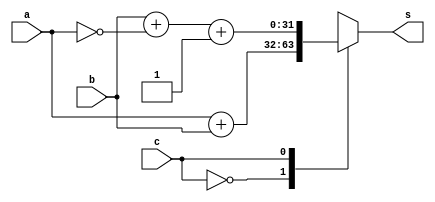
module adder_n_subtractor
#(
   parameter XLEN = 32
)

(
   a,
   b,
   c,
   s
);

input         [XLEN-1:0]  a;     // first number input bus
input         [XLEN-1:0]  b;     // second number input bus
input                     c;     // control input
output reg    [XLEN-1:0]  s;     // output bus with result of operation on two numbers

always @ (*)
begin
   case(c)
      1'b0: s = a + b;
      1'b1: s = b + ~a + 1;
      default: s = 32'hxxxxxxxx; 
   endcase
end
endmodule